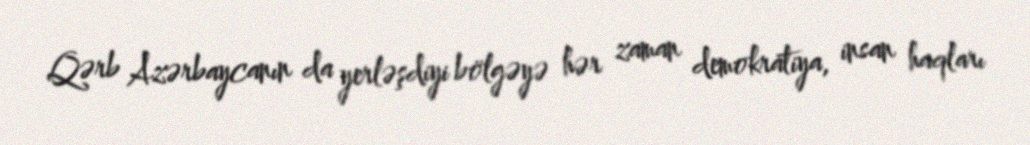
Qərb Azərbaycanın da yerləşdiyi bölgəyə hər zaman demokratiya, insan haqları